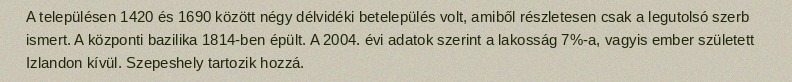
A településen 1420 és 1690 között négy délvidéki betelepülés volt, amiből részletesen csak a legutolsó szerb ismert. A központi bazilika 1814-ben épült. A 2004. évi adatok szerint a lakosság 7%-a, vagyis ember született Izlandon kívül. Szepeshely tartozik hozzá.